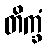
တိက္ခံ